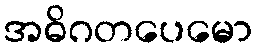
အဓိဂတပေမော